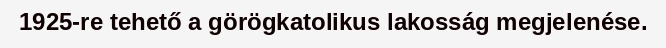
1925-re tehető a görögkatolikus lakosság megjelenése.